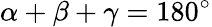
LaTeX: \alpha+\beta+\gamma=180^{\circ}